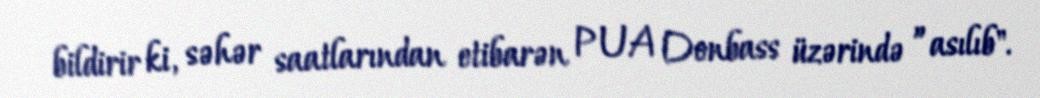
bildirir ki, səhər saatlarından etibarən PUA Donbass üzərində ”asılıb".